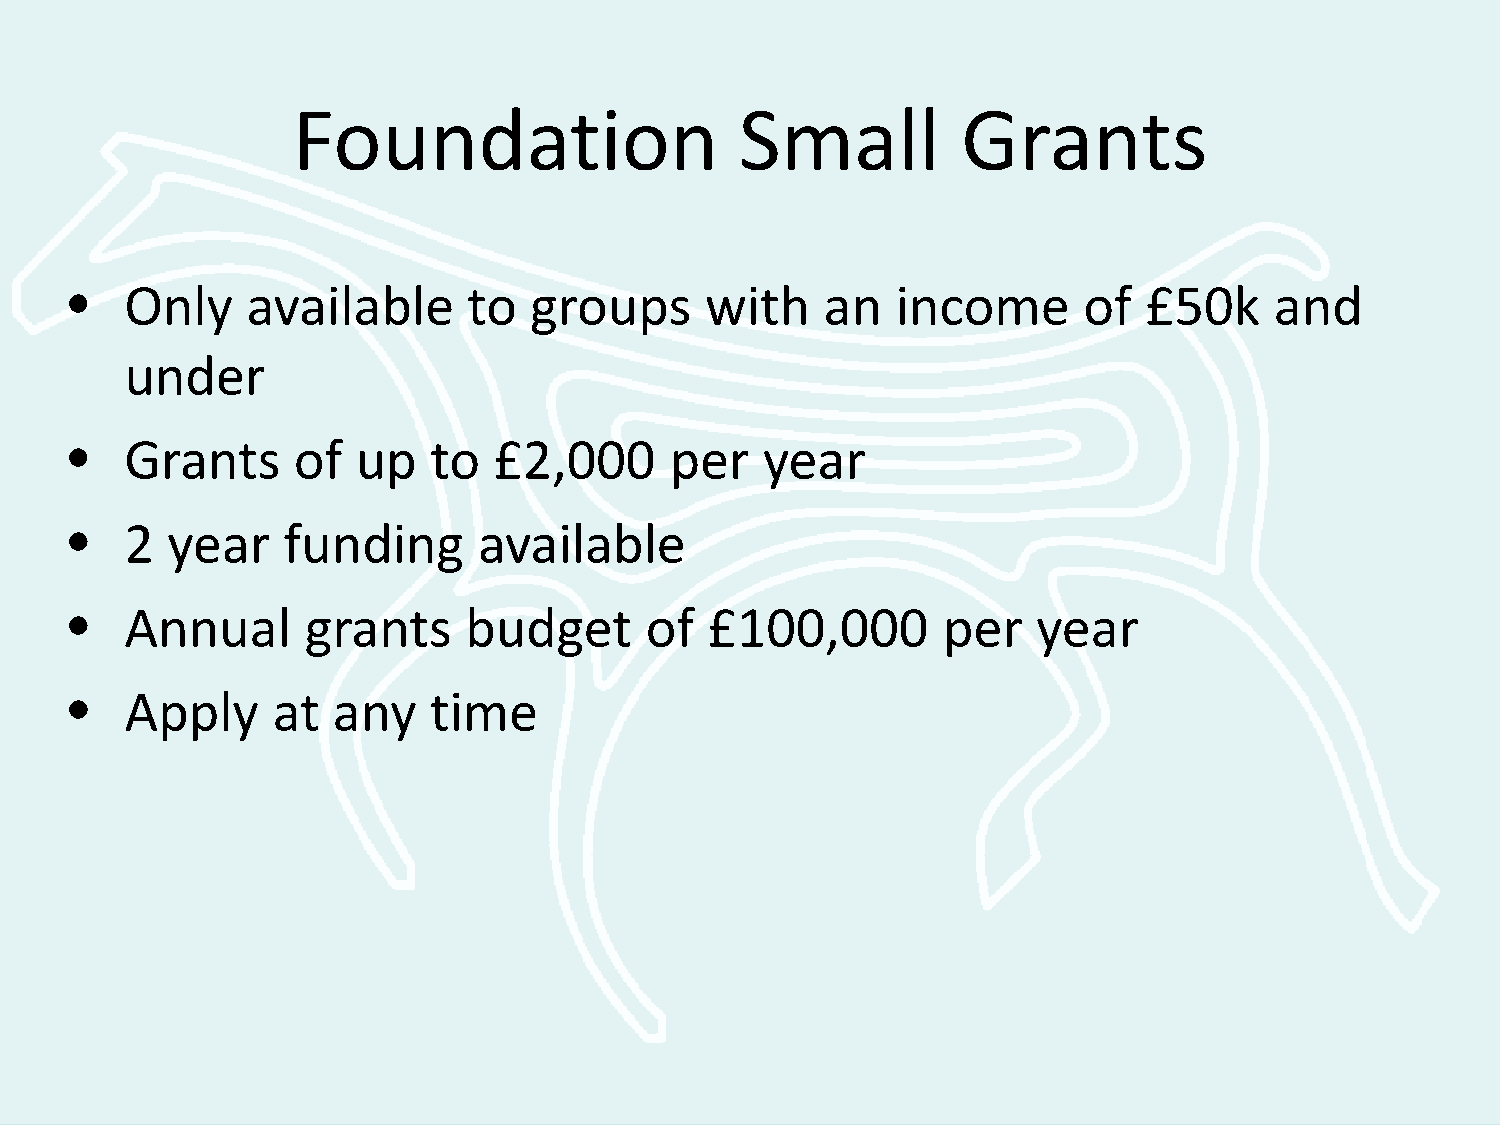
Foundation                    Small          Grants
 •  Only    available      to  groups      with    an  income       of  £50k    and
 under
 •  Grants     of   up  to   £2,000     per    year
 •  2  year    funding      available
 •  Annual      grants     budget      of  £100,000       per    year
 •  Apply     at  any   time